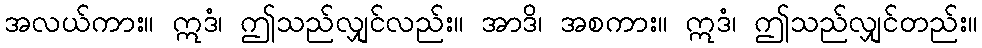
အလယ်ကား။ ဣဒံ၊ ဤသည်လျှင်လည်း။ အာဒိ၊ အစကား။ ဣဒံ၊ ဤသည်လျှင်တည်း။